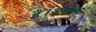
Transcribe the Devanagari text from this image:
है।अँग्रेजी